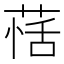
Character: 𦳇